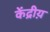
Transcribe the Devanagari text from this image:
केंद्रीय़